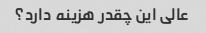
عالی این چقدر هزینه دارد؟